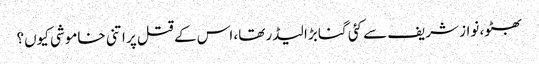
بھٹو، نواز شریف سے کئی گنا بڑا لیڈر تھا، اس کے قتل پر اتنی خاموشی کیوں؟